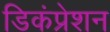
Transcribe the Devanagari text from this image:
डिकंप्रेशन